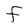
Character: F